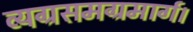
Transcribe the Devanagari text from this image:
व्यग्रसमग्रमार्ग।